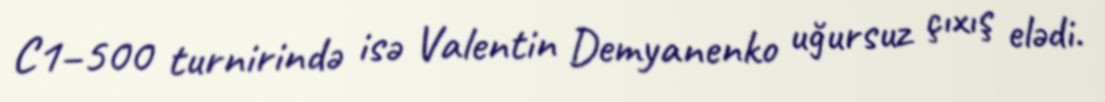
C1–500 turnirində isə Valentin Demyanenko uğursuz çıxış elədi.